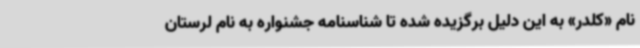
نام «کلدر» به این دلیل برگزیده شده تا شناسنامه جشنواره به نام لرستان